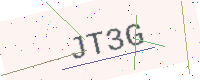
Text: JT3G